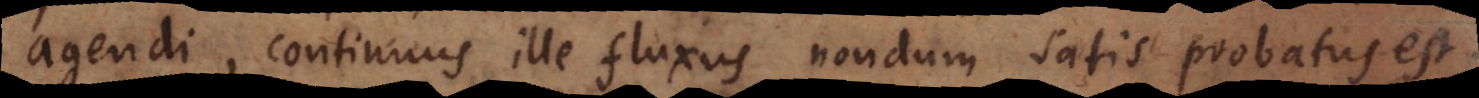
agendi, continuus ille fluxus nondum satis probatus est.